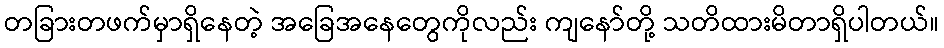
တခြားတဖက်မှာရှိနေတဲ့ အခြေအနေတွေကိုလည်း ကျနော်တို့ သတိထားမိတာရှိပါတယ်။